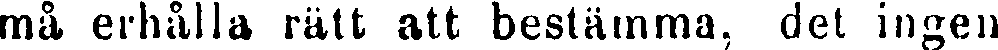
må erhålla rätt att bestämma, det ingen